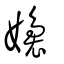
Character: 嬝